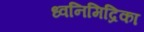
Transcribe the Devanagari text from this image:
ध्वनिमिद्रिका